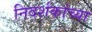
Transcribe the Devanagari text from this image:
निदर्शकांच्या